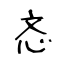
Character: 忞